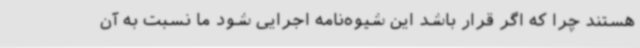
هستند چرا که اگر قرار باشد این شیوه‌نامه اجرایی شود ما نسبت به آن